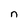
Character: n